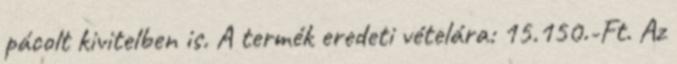
pácolt kivitelben is. A termék eredeti vételára: 15.150.-Ft. Az